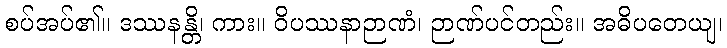
စပ်အပ်၏။ ဒဿနန္တိ၊ ကား။ ဝိပဿနာဉာဏံ၊ ဉာဏ်ပင်တည်း။ အဓိပတေယျ၊